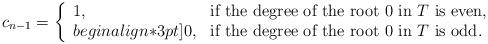
LaTeX: \begin{align*}c_{n-1}=\left\{\begin{array}{ll}1, & \textrm{if the degree of the root $0$ in $T$ is even},\\begin{align*}3pt]0, & \textrm{if the degree of the root $0$ in $T$ is odd}.\\\end{array}\right.\end{align*}